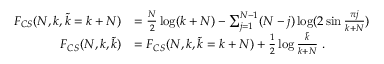
\begin{array} { r l } { F _ { C S } ( N , k , { \tilde { k } } = k + N ) } & { = \frac { N } { 2 } \log ( k + N ) - \sum _ { j = 1 } ^ { N - 1 } ( N - j ) \log ( 2 \sin \frac { \pi j } { k + N } ) } \\ { F _ { C S } ( N , k , { \tilde { k } } ) } & { = F _ { C S } ( N , k , { \tilde { k } } = k + N ) + \frac { 1 } { 2 } \log \frac { { \tilde { k } } } { k + N } \; . } \end{array}